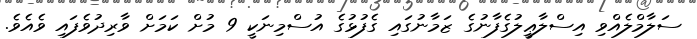
ސަލާމްލެއްވި އިސްލާޢީލުގެފާނުގެ ޒަމާނުގައި ގެފުޅުގެ އުސްމިނަކީ 9 މުށް ކަމަށް ވާރިދުވެފައި ވެއެވެ.